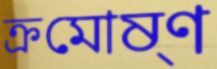
ক্রমোষ্ণ